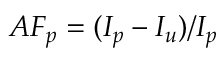
A F _ { p } = ( I _ { p } - I _ { u } ) / I _ { p }